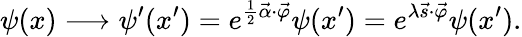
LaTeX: \psi(x)\longrightarrow\psi^{\prime}(x^{\prime})=e^{\frac{1}{2}\vec{\alpha}\cdot\vec{\varphi}}\psi(x^{\prime})=e^{\lambda\vec{s}\cdot\vec{\varphi}}\psi(x^{\prime}).